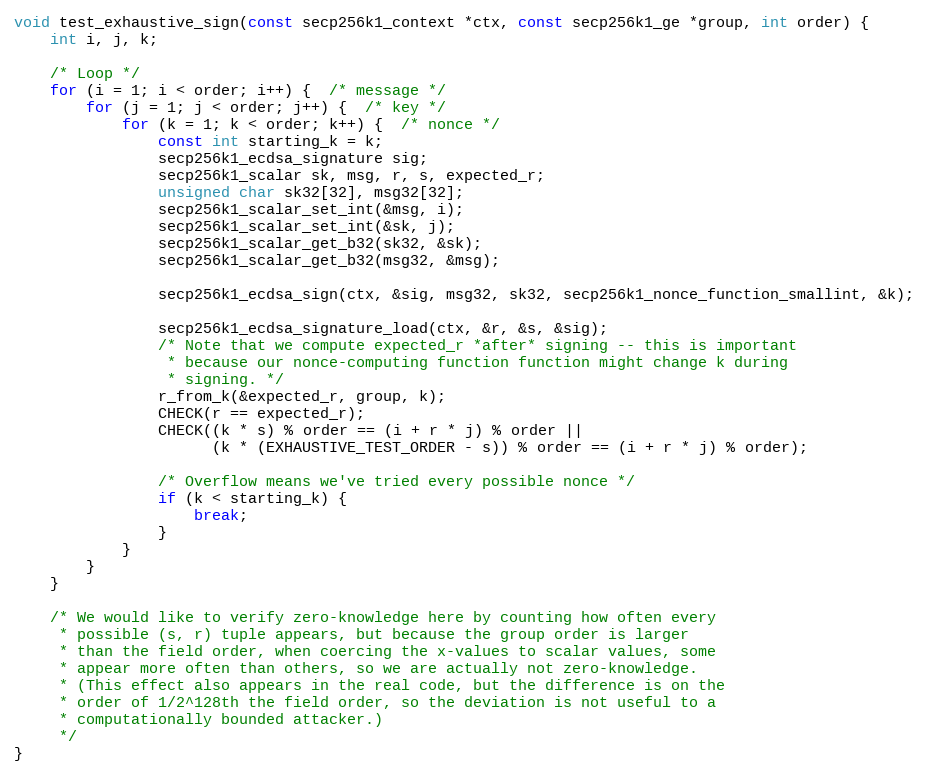
Language: C
void test_exhaustive_sign(const secp256k1_context *ctx, const secp256k1_ge *group, int order) {
    int i, j, k;

    /* Loop */
    for (i = 1; i < order; i++) {  /* message */
        for (j = 1; j < order; j++) {  /* key */
            for (k = 1; k < order; k++) {  /* nonce */
                const int starting_k = k;
                secp256k1_ecdsa_signature sig;
                secp256k1_scalar sk, msg, r, s, expected_r;
                unsigned char sk32[32], msg32[32];
                secp256k1_scalar_set_int(&msg, i);
                secp256k1_scalar_set_int(&sk, j);
                secp256k1_scalar_get_b32(sk32, &sk);
                secp256k1_scalar_get_b32(msg32, &msg);

                secp256k1_ecdsa_sign(ctx, &sig, msg32, sk32, secp256k1_nonce_function_smallint, &k);

                secp256k1_ecdsa_signature_load(ctx, &r, &s, &sig);
                /* Note that we compute expected_r *after* signing -- this is important
                 * because our nonce-computing function function might change k during
                 * signing. */
                r_from_k(&expected_r, group, k);
                CHECK(r == expected_r);
                CHECK((k * s) % order == (i + r * j) % order ||
                      (k * (EXHAUSTIVE_TEST_ORDER - s)) % order == (i + r * j) % order);

                /* Overflow means we've tried every possible nonce */
                if (k < starting_k) {
                    break;
                }
            }
        }
    }

    /* We would like to verify zero-knowledge here by counting how often every
     * possible (s, r) tuple appears, but because the group order is larger
     * than the field order, when coercing the x-values to scalar values, some
     * appear more often than others, so we are actually not zero-knowledge.
     * (This effect also appears in the real code, but the difference is on the
     * order of 1/2^128th the field order, so the deviation is not useful to a
     * computationally bounded attacker.)
     */
}